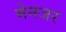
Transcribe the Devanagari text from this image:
मेनजर